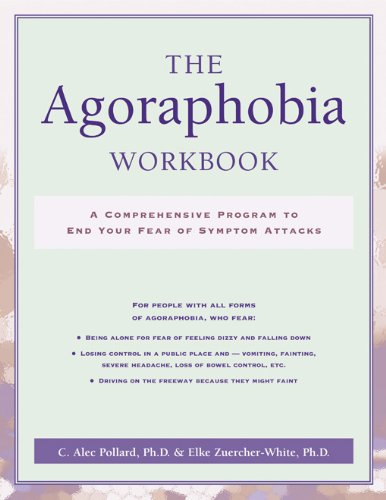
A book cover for The Agoraphobia Workbook: A Comprehensive Program to End Your Fear of Symptom Attacks; C. Alec Pollard PhD; Self-Help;